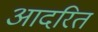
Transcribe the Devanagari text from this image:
आदरित